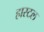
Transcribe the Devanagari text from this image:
हास्‍टल